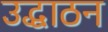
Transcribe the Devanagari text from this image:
उद्धाठन